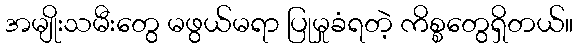
အမျိုးသမီးတွေ မဖွယ်မရာ ပြုမှုခံရတဲ့ ကိစ္စတွေရှိတယ်။